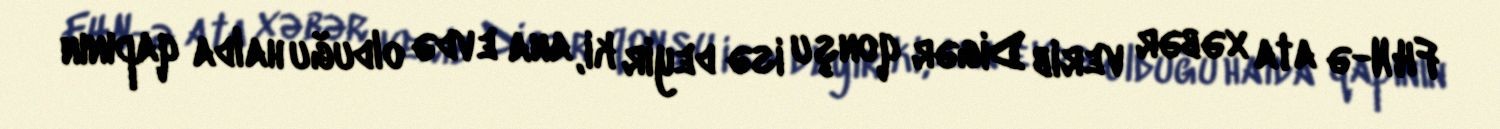
FHN-ə ata xəbər verib Digər qonşu isə deyir ki, ana evdə olduğu halda qapının